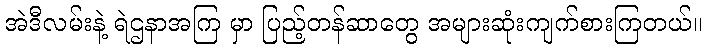
အဲဒီလမ်းနဲ့ ရဲဌနာအကြ မှာ ပြည့်တန်ဆာတွေ အများဆုံးကျက်စားကြတယ်။